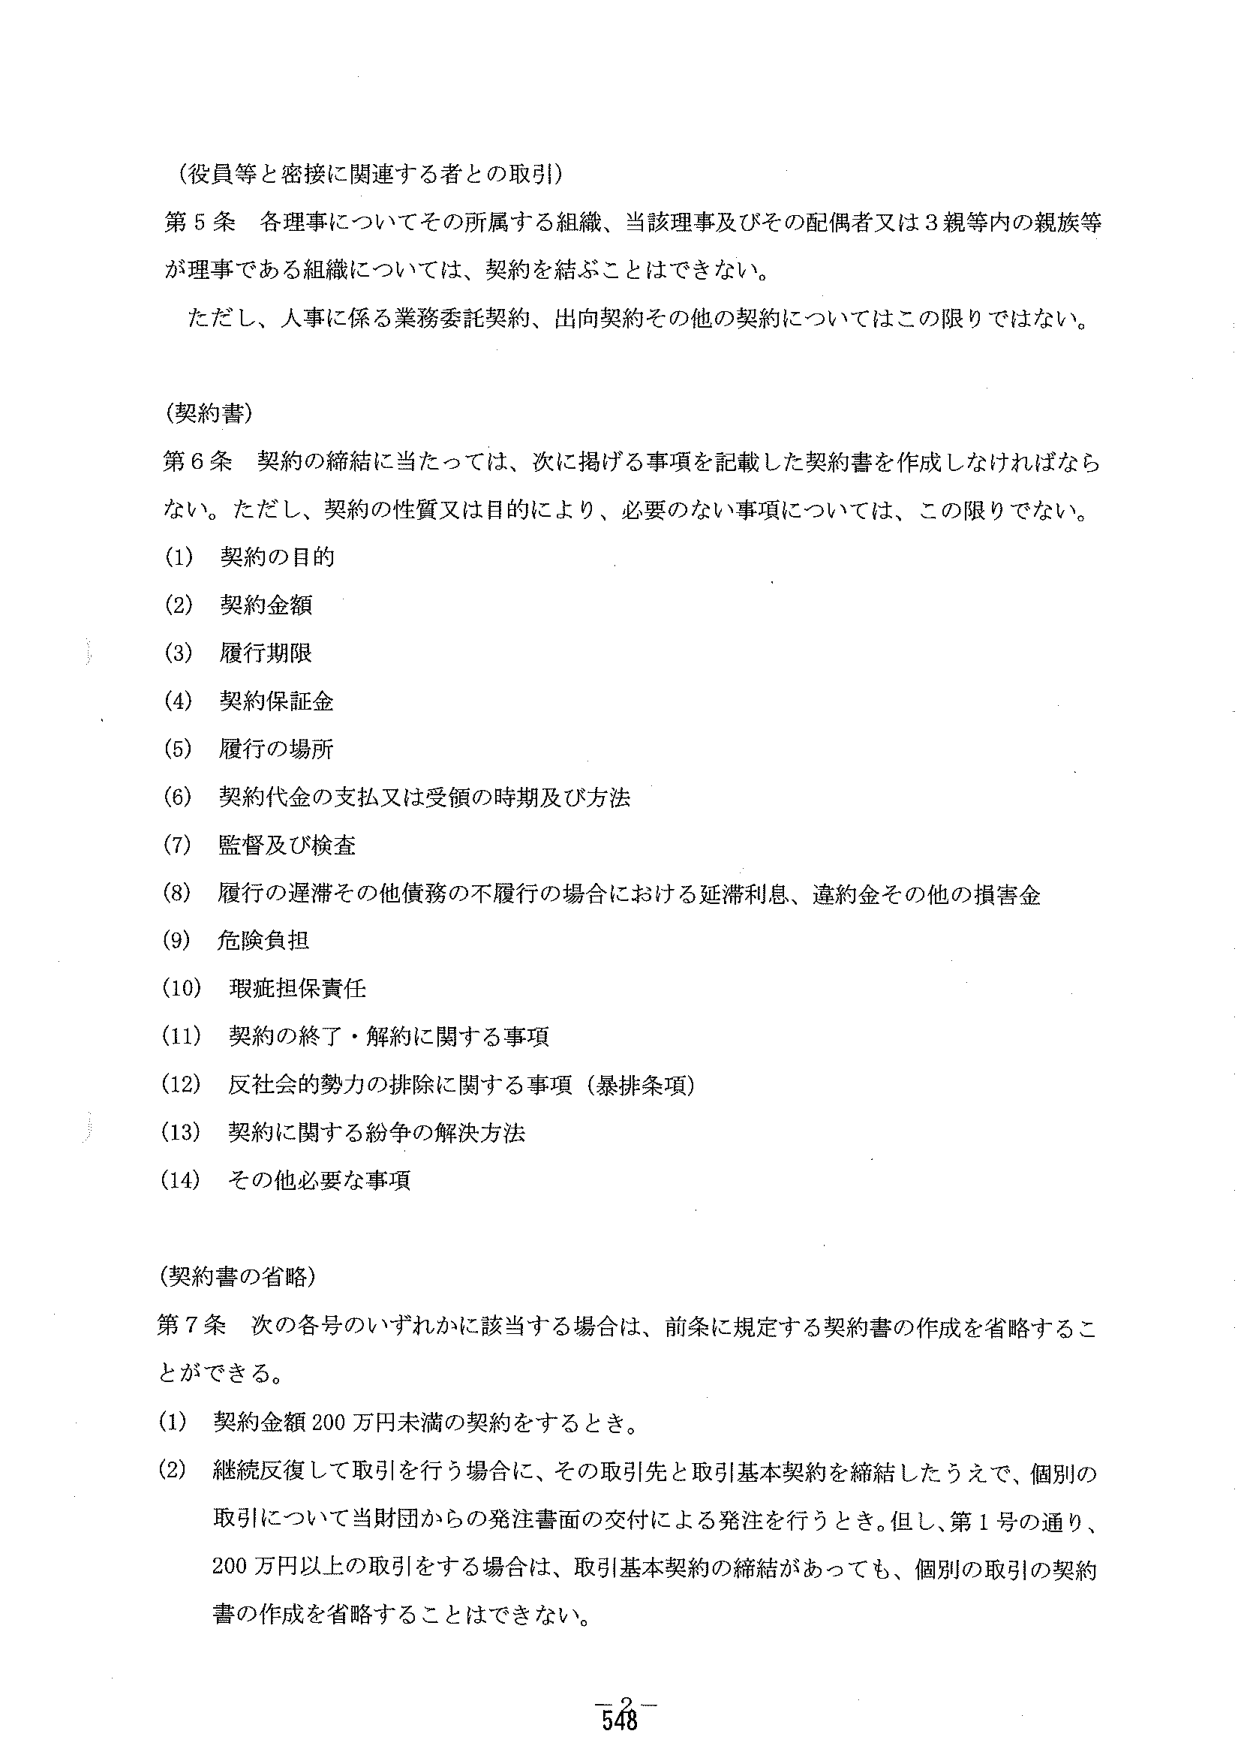
（役員等と密接に関連する者との取引）

第５条 各理事についてその所属する組織、当該理事及びその配偶者又は３親等内の親族等が理事である組織については、契約を結ぶことはできない。

ただし、人事に係る業務委託契約、出向契約その他の契約についてはこの限りではない。

（契約書）

第６条 契約の締結に当たっては、次に掲げる事項を記載した契約書を作成しなければならない。ただし、契約の性質又は目的により、必要のない事項については、この限りでない。

(1) 契約の目的
(2) 契約金額
(3) 履行期限
(4) 契約保証金
(5) 履行の場所
(6) 契約代金の支払又は受領の時期及び方法
(7) 監督及び検査
(8) 履行の遅滞その他債務の不履行の場合における延滞利息、違約金その他の損害金
(9) 危険負担
(10) 瑕疵担保責任
(11) 契約の終了・解約に関する事項
(12) 反社会的勢力の排除に関する事項（暴排条項）
(13) 契約に関する紛争の解決方法
(14) その他必要な事項

（契約書の省略）

第７条 次の各号のいずれかに該当する場合は、前条に規定する契約書の作成を省略することができる。

(1) 契約金額200万円未満の契約をするとき。

(2) 継続反復して取引を行う場合に、その取引先と取引基本契約を締結したうえで、個別の取引について当財団からの発注書面の交付による発注を行うとき。但し、第１号の通り、200万円以上の取引をする場合は、取引基本契約の締結があっても、個別の取引の契約書の作成を省略することはできない。

－2－
548